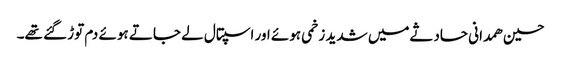
حسین ھمدانی حادثےمیں شدید زخمی ہوئے اور اسپتال لے جاتے ہوئے دم توڑ گئے تھے۔